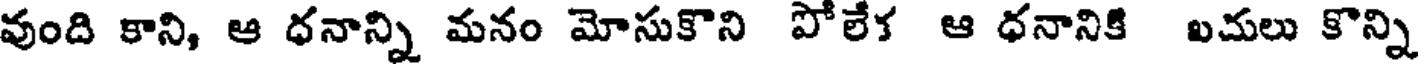
వుంది కాని, ఆ ధనాన్ని మనం మోసుకొని పోలేక ఆ ధనానికి బచులు కొన్ని